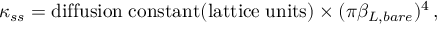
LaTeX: \kappa _ { s s } = \mathrm { d i f f u s i o n \; c o n s t a n t } ( \mathrm { l a t t i c e \; u n i t s } ) \times ( \pi \beta _ { L , b a r e } ) ^ { 4 } \, ,